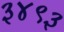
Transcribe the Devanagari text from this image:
३४९३